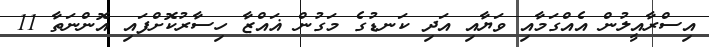
އިސްރާއީލުން އެއްގަމާއި ވަޔާއި އަދި ކަނޑުގެ މަގުން ޣައްޒާ ހިސާރުކޮށްފައި އޮންނަތާ 11